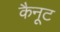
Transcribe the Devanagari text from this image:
कैनूट